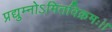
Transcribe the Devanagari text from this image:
प्रद्युम्नोऽमितविक्रमः।।